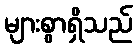
များစွာရှိသည်